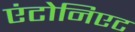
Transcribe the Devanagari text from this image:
एंटोनिएट